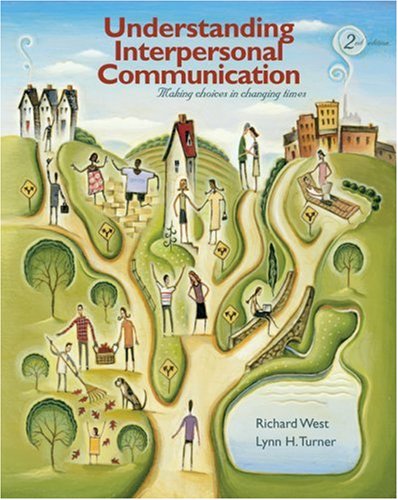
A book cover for Understanding Interpersonal Communication: Making Choices in Changing Times; Richard West; Reference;